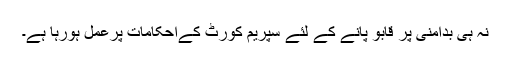
نہ ہی بدامنی پر قابو پانے کے لئے سپریم کورٹ کےاحکامات پرعمل ہورہا ہے۔